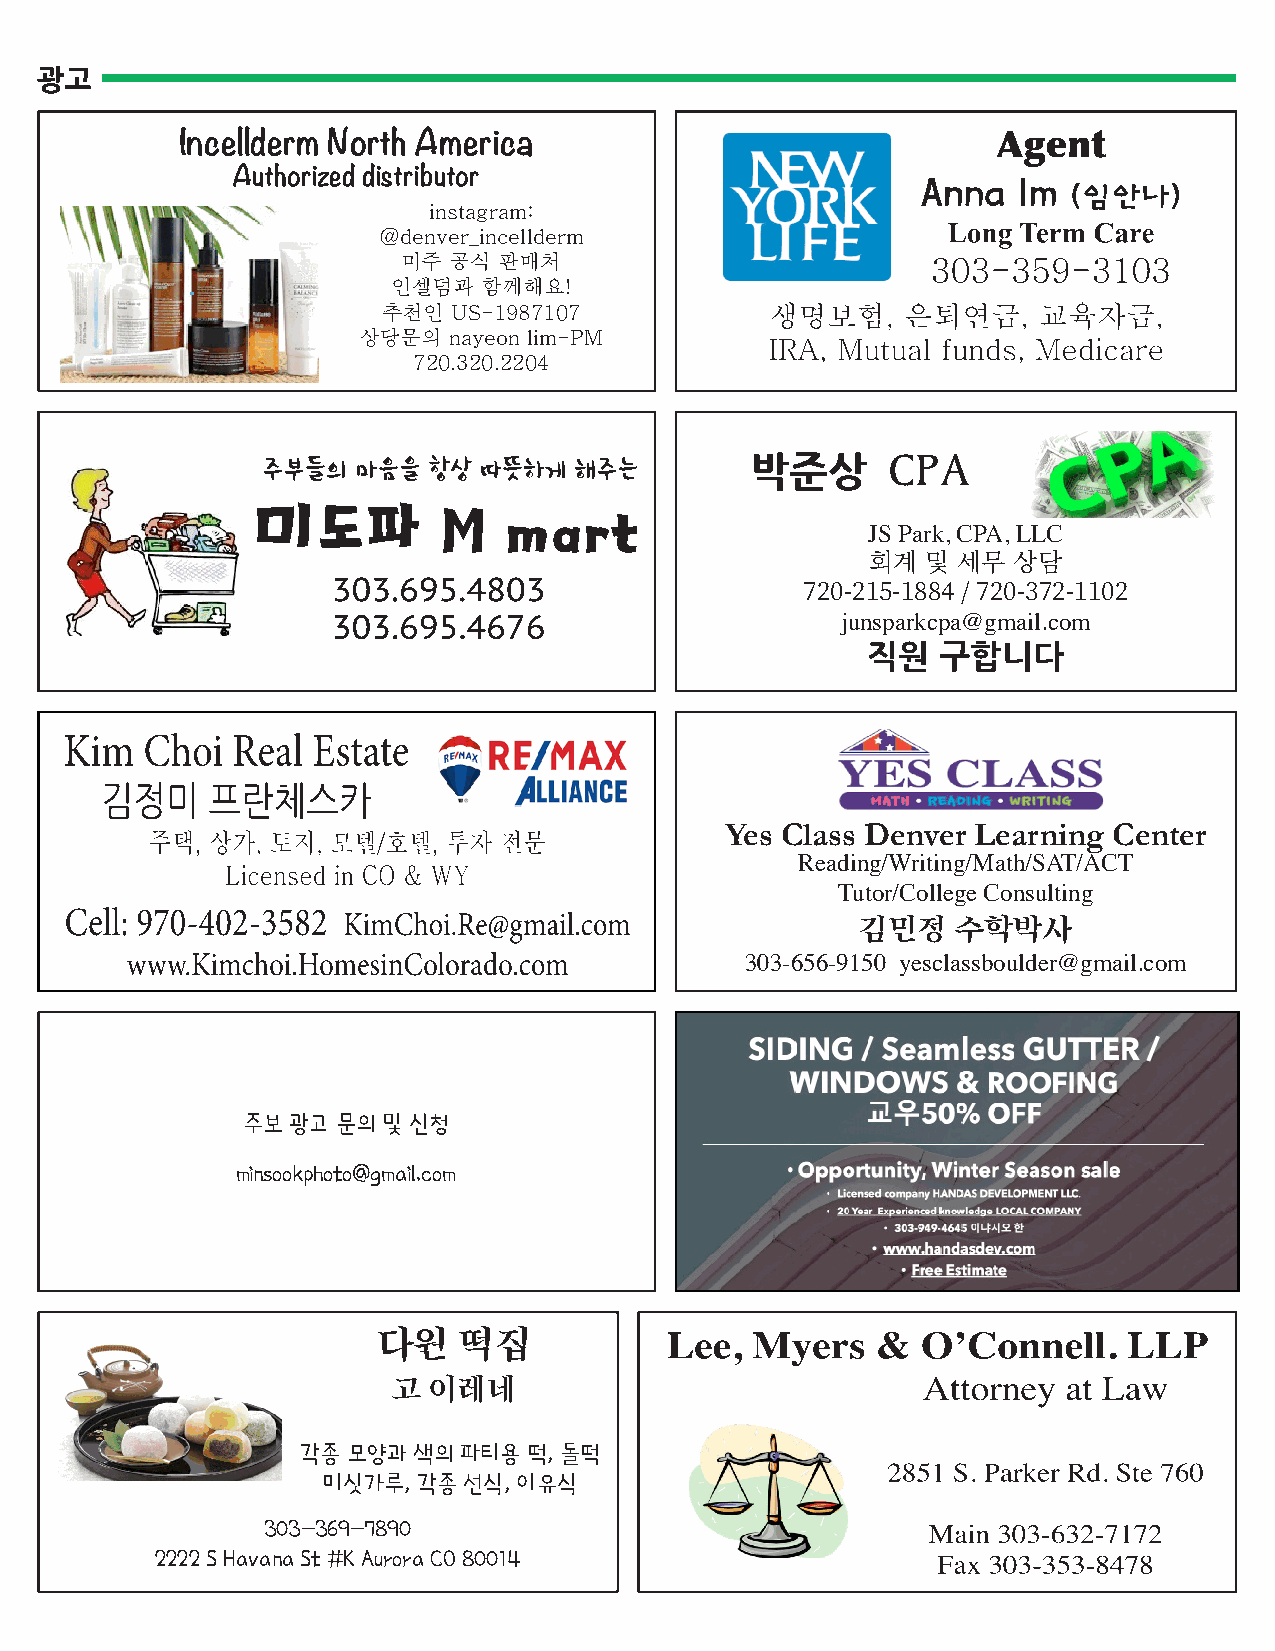
Incellderm North America
 Authorized distributor
 instagram:
 @denver_incellderm
 미주 공식 판매처
 인셀덤과  함께해요!
 추천인  US-1987107
 상당문의  nayeon lim-PM
 720.320.2204
 박준상
 CPA
 JS Park, CPA, LLC
 회계 및 세무  상담
 720-215-1884 / 720-372-1102
 junsparkcpa@gmail.com
 직원   구합니다
 Yes Class Denver Learning Center
 Reading/Writing/Math/SAT/ACT
 Tutor/College Consulting
 김민정   수학박사
 303-656-9150 yesclassboulder@gmail.com
 주보 광고 문의 및 신청
 minsookphoto@gmail.com
 다원   떡집
 고 이레네
 각종 모양과 색의 파티용  떡, 돌떡
 미싯가루,  각종 선식, 이유식
 303-369-7890
 2222 S Havana St #K Aurora CO 80014